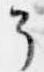
了